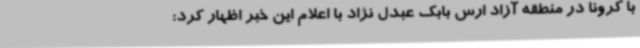
با کرونا در منطقه آزاد ارس بابک عبدل نژاد با اعلام این خبر اظهار کرد: